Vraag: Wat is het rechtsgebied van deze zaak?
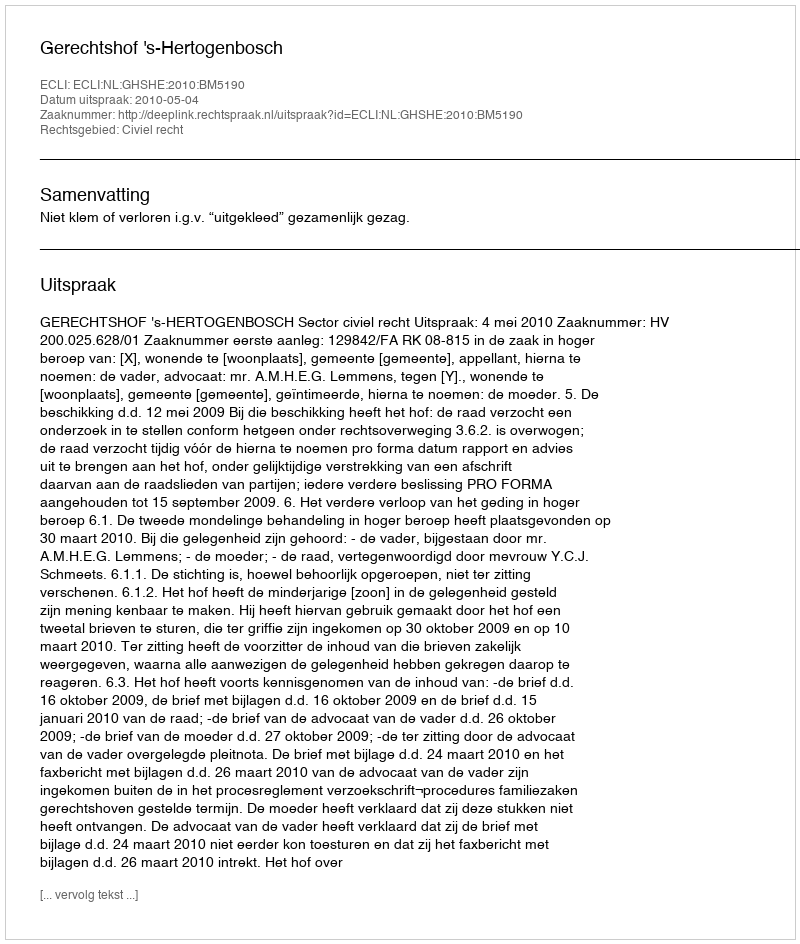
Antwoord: Civiel recht